King Institute of Preventive Medicine Micro-Biological Section reports 1912-19
Year: 1912
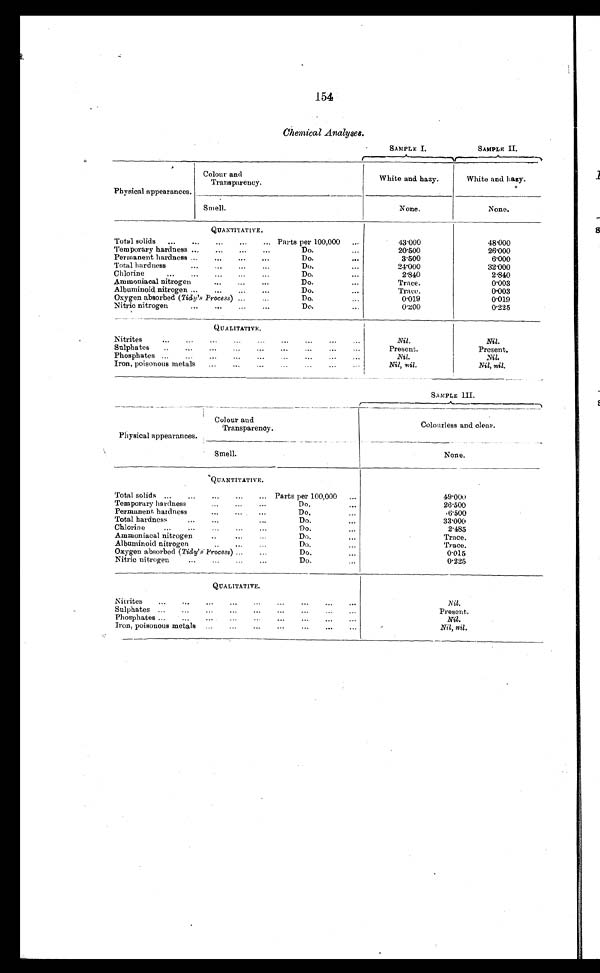
154
Chemical Analyses.
SAMPLE I.
SAMPLE II.
Physical appearances.
Colour
ands Transparency.
White and hazy.
Whited and hazy.
Smell.
None.
None.
QUANTITATIVE.
Total solids
...
..
..
...
... Parts per 100,000
. . .
4 3 . 0 0 0
48.000
Temporary hardness ..
..
..
...
Do.
...
2 0 . 5 0 0
2 6 . 0 0 0
Permanent hardness ..
...
..
...
Do.
...
3 . 5 0 0
6 . 0 0 0
Total hardness
...
..
..
...
Do.
...
2 4 . 0 0 0
3 2 . 0 0 0
Chlorine
...
..
...
..
...
Do.
...
2 . 8 4 0
2.840
Ammoniacal nitrogen
..
..
...
Do.
Trace.
0 . 0 0 3
Albuminoid nitrogen ..
..
..
...
Do.
...
Trace.
0 . 0 0 3
Oxygen absorbed(Tidy's
Process) ..
...
Do.
...
0 . 0 1 9
0 . 0 1 9
Nitric nitrogen
••
••
••
••
Do.
...
0.200
0.225
QUALITATIVE.
Nitrites
...
...
..
...
..
...
...
...
Nil .
Nil .
Sulphates
.
.,
...
..
...
. . .
Present.
Present.
Phosphates ..
..
...
..
...
...
...
..
Nil.
Nil.
Iron, poisonous metals
...
...
...
...
...
. . .
Nil, nil .
Nil, nil.
SAMPLE III.
Physical appearances. .
Colour and
Transparency.
Colourless and clear.
Smell.
None.
QUANTITATIVE.
Total solids
...
...
...
... Parts per 100,000
...
4 9 . 0 0 0
Temporary hardness
..
...
...
Do.
...
2 6 . 5 0 0
Permanent hardness
...
...
..
Do.
. .
6.500
Total hardness
...
...
...
Do.
...
3 3 . 0 0 0
Chlorine
...
...
..
..
...
Do.
2.485
Ammoniacal nitrogen
..
...
..
Do.
...
Trace.
Albuminoid nitrogen
..
...
..
Do.
...
Trace.
Oxygen absorbed (Tidy's
Process)
...
...
Do.
...
0.015
Nitric nitrogen
..
..
..
...
Do.
. .
0.225
QUALITATIVE.
Nitrites
..
..
...
...
...
..
...
Nil .
Sulphates ..
..
..
..
...
...
...
..
...
Present.
Phosphates ...
...
..
..
..
...
...
...
..
Nil
.
Iron, poisonous metals
..
..
...
...
...
...
...
Nil, nil.